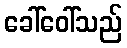
ခေါ်ဝေါ်သည်